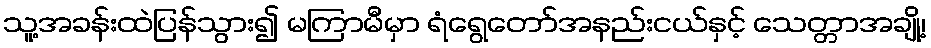
သူ့အခန်းထဲပြန်သွား၍ မကြာမီမှာ ရံရွေတော်အနည်းငယ်နှင့် သေတ္တာအချို့၊